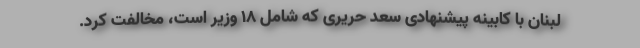
لبنان با کابینه پیشنهادی سعد حریری که شامل ۱۸ وزیر است، مخالفت کرد.